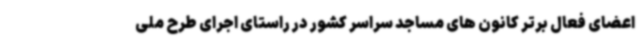
اعضای فعال برتر کانون های مساجد سراسر کشور در راستای اجرای طرح ملی